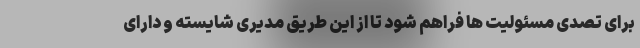
برای تصدی مسئولیت ها فراهم شود تا از این طریق مدیری شایسته و دارای